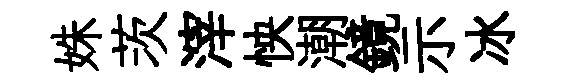
姝茨滓怏潮鏡示冰